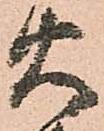
火